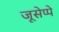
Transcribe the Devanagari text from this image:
जूसेप्पे